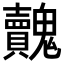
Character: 𩴺